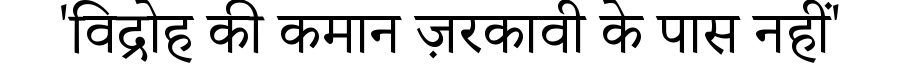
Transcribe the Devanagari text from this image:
'विद्रोह की कमान ज़रकावी के पास नहीं'